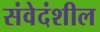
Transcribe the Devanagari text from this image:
संवेदंशील